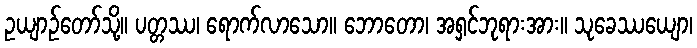
ဥယျာဉ်တော်သို့။ ပတ္တဿ၊ ရောက်လာသော။ ဘောတော၊ အရှင်ဘုရားအား။ သုခေဿယျော၊